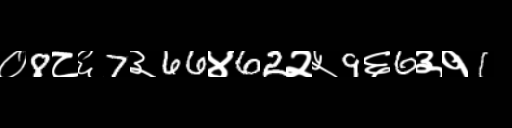
Text: ०8८६7३66४62२५9६6३१1